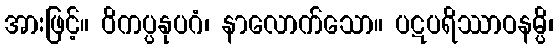
အားဖြင့်။ ဝိကပ္ပနုပဂံ၊ နာလောက်သော။ ပဋပရိဿာဝနမ္ပိ၊